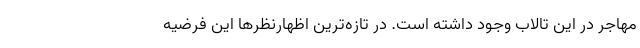
مهاجر در این تالاب وجود داشته است. در تازه‌ترین اظهارنظرها این فرضیه